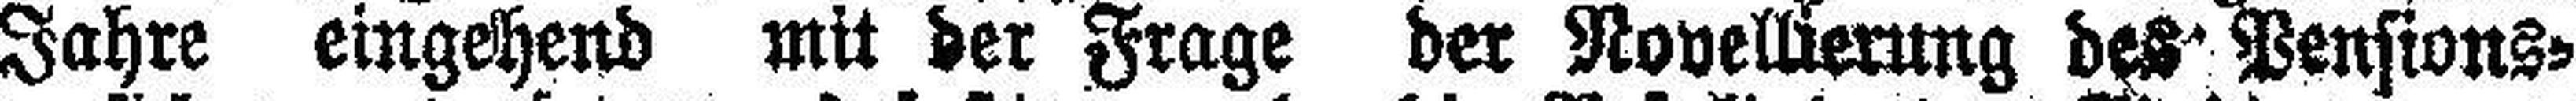
Jahre eingehend mit der Frage der Novellierung des Pensions¬